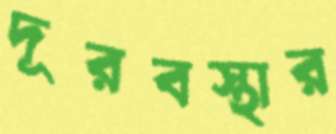
দূরবস্থার